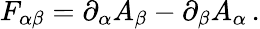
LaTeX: F_{\alpha\beta}=\partial_{\alpha}A_{\beta}-\partial_{\beta}A_{\alpha}\, .